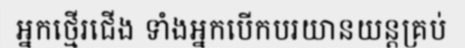
អ្នកថ្មើរជើង ទាំងអ្នកបើកបរយានយន្តគ្រប់